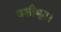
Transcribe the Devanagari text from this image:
वशीभूत।